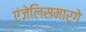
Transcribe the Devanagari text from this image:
एंजेलिसमार्गे